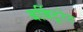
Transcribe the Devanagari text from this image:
बर्बिटूरेट